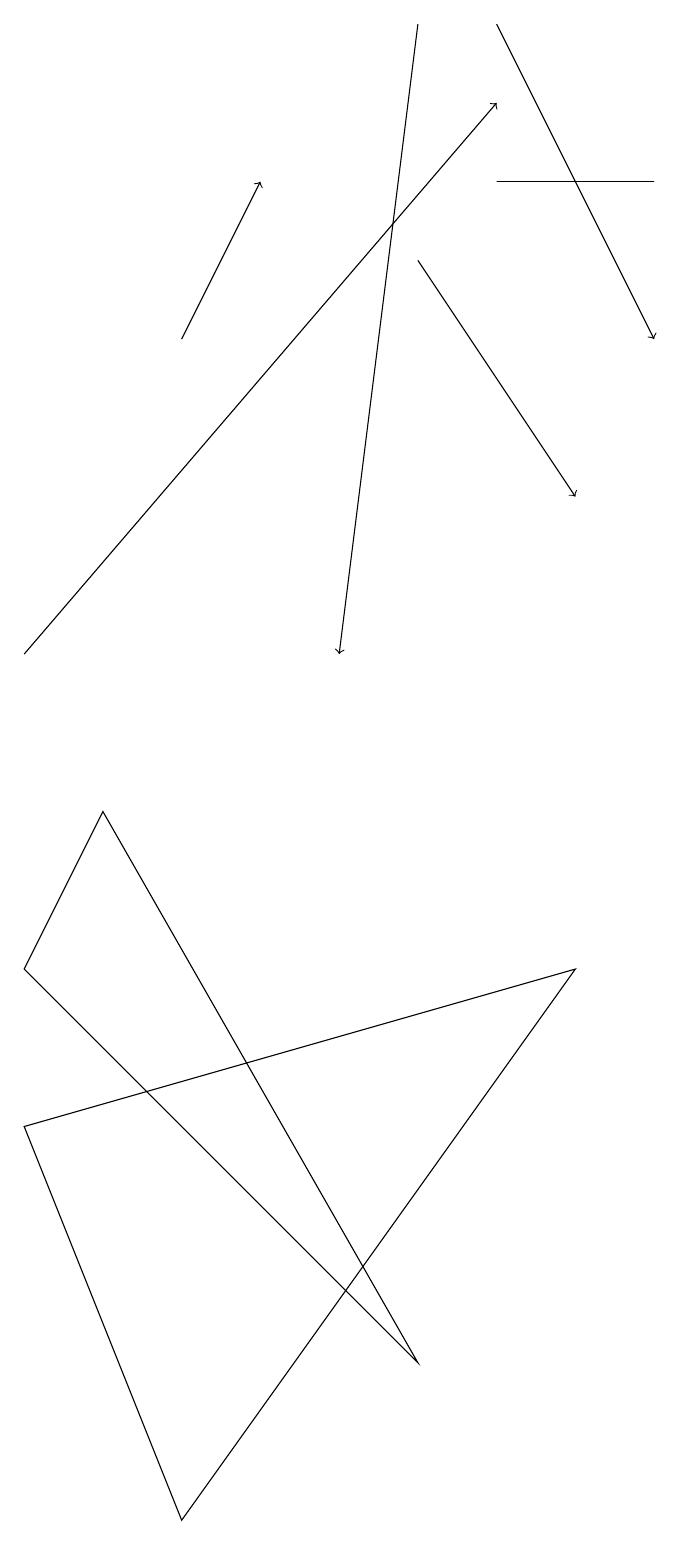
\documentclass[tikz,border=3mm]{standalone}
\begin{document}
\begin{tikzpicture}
\draw[->] (3,15) -- (4,17);
\draw (1,7) -- (2,9) -- (6,2) -- cycle;
\draw[->] (1,11) -- (7,18);
\draw[->] (6,16) -- (8,13);
\draw[->] (6,19) -- (5,11);
\draw (3,0) -- (1,5) -- (8,7) -- cycle;
\draw[->] (7,19) -- (9,15);
\draw (7,17) rectangle (9,17);
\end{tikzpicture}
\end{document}